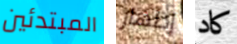
المبتدئين إظهار كاد